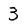
Character: 3